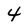
Character: 4